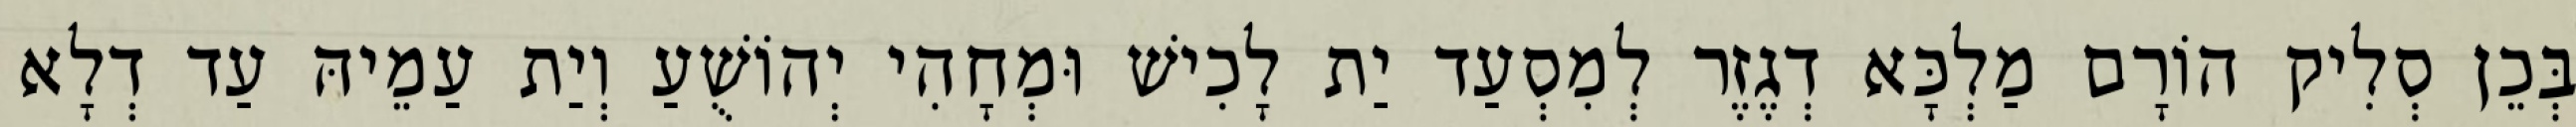
בְּכֵן סְלִיק הוֹרָם מַלְכָּא דְגֶזֶר לְמִסְעַד יַת לָכִישׁ וּמְחָהִי יְהוֹשֻׁעַ וְיַת עַמֵיהּ עַד דְלָא